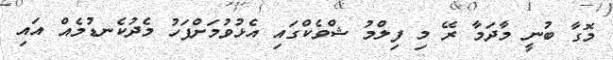
މޮގާ ބުނީ މާދަމާ ރޭ މި ފިލްމު ޝްވެކްގައި އެޅުވުމަށްފަހު މެދުކެނޑުމެއް އައި